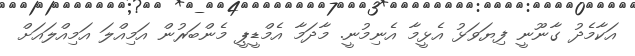
އަކާމެދު ގާނޫނީ ފިޔަވަޅު އެޅީމާ އެނިމުނީ. މާދަމާ އެމްޑީޕީ މެންބަރުން އަމިއްލަ އަމިއްލައަށް